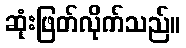
ဆုံးဖြတ်လိုက်သည်။